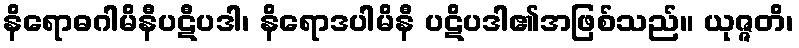
နိရောဓဂါမိနီပဋီပဒါ၊ နိရောဒပါမိနီ ပဋိပဒါ၏အဖြစ်သည်။ ယုဇ္ဇတိ၊